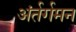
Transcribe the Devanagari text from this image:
अंर्तर्गमन